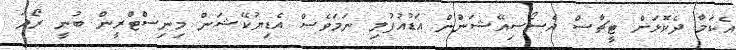
އެކަމާ ދެކޮޅަށް ޓީޗާސް އެސޯސިއޭޝަންުން އަޑުއުފުލި ނަމަވެސް އެޑިޔުކޭޝަން މިނިސްޓްރީން ބުނީ ރޯދަ